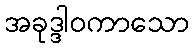
အခုဒ္ဒါဝကာသော